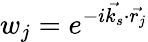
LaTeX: w_{j}=e^{-i\vec{k_{s}}\cdot\vec{r_{j}}}